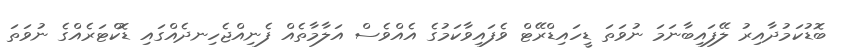
ބޮޑުކަމުދާއިރު ލޭފައިބާނަމަ ނުވަތަ ޑީހައިޑްރޭޓް ވެފައިވާކަމުގެ އެއްވެސް އަލާމާތެއް ފެނިއްޖެހިނދެއްގައި ޑޮކްޓަރެއްގެ ނުވަތަ